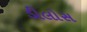
ડીલોસ